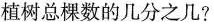
植树总棵数的几分之几?